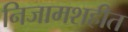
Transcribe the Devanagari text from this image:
निजामशहीत